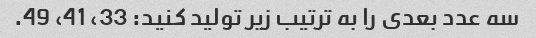
سه عدد بعدی را به ترتیب زیر تولید کنید: 33، 41، 49.